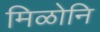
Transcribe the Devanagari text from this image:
मिळोनि